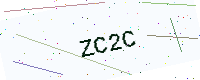
Text: ZC2C